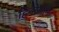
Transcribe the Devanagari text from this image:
हिनोसान